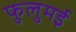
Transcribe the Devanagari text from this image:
फुलुमई